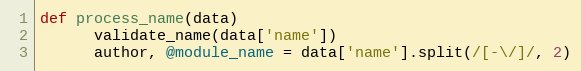
Language: Ruby
def process_name(data)
      validate_name(data['name'])
      author, @module_name = data['name'].split(/[-\/]/, 2)